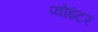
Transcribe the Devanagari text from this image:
प्वोइंटर